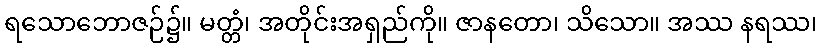
ရသောဘောဇဉ်၌။ မတ္တံ၊ အတိုင်းအရှည်ကို။ ဇာနတော၊ သိသော။ အဿ နရဿ၊